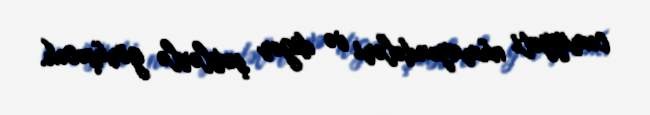
cəmiyyəti nümayəndələri və digər şəxslərlə görüşəcək.